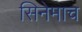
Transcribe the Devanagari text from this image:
सिनेमाच